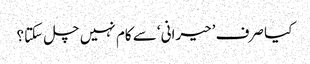
کیا صرف ’حیرانی‘ سے کام نہیں چل سکتا؟